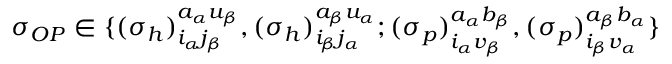
\begin{array} { r } { \sigma _ { O P } \in \{ { ( \sigma _ { h } ) } _ { i _ { \alpha } j _ { \beta } } ^ { a _ { \alpha } u _ { \beta } } , { ( \sigma _ { h } ) } _ { i _ { \beta } j _ { \alpha } } ^ { a _ { \beta } u _ { \alpha } } ; { ( \sigma _ { p } ) } _ { i _ { \alpha } v _ { \beta } } ^ { a _ { \alpha } b _ { \beta } } , { ( \sigma _ { p } ) } _ { i _ { \beta } v _ { \alpha } } ^ { a _ { \beta } b _ { \alpha } } \} } \end{array}